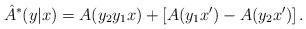
LaTeX: \begin{align*}\hat{A}^*(y|x) = A(y_2y_1x) + \left[ A(y_1x') - A(y_2x') \right].\end{align*}